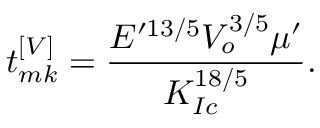
t _ { m k } ^ { \left[ V \right] } = \frac { E ^ { \prime 1 3 / 5 } V _ { o } ^ { 3 / 5 } \mu ^ { \prime } } { K _ { I c } ^ { 1 8 / 5 } } .